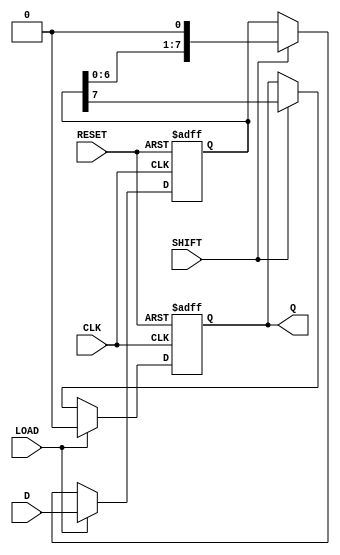
module PISO_Register (
    input wire [7:0] D,        // 8-bit parallel data input
    input wire LOAD,           // Load control signal
    input wire SHIFT,          // Shift control signal
    input wire CLK,            // Clock signal
    input wire RESET,          // Asynchronous reset signal
    output reg Q               // Serial output
);

    reg [7:0] shift_reg;       // 8-bit shift register

    always @(posedge CLK or posedge RESET) begin
        if (RESET) begin
            shift_reg <= 8'b00000000; // Clear the register on reset
            Q <= 1'b0;                // Reset output
        end else if (LOAD) begin
            shift_reg <= D;           // Load data in parallel
            Q <= 1'b0;                // Output remains unchanged
        end else if (SHIFT) begin
            Q <= shift_reg[7];        // Output the MSB
            shift_reg <= {shift_reg[6:0], 1'b0}; // Shift right and fill LSB with 0
        end
        // If neither LOAD nor SHIFT is asserted, the state remains unchanged
    end

endmodule